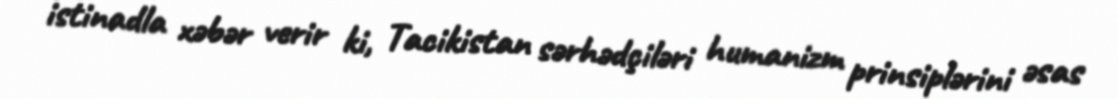
istinadla xəbər verir ki, Tacikistan sərhədçiləri humanizm prinsiplərini əsas